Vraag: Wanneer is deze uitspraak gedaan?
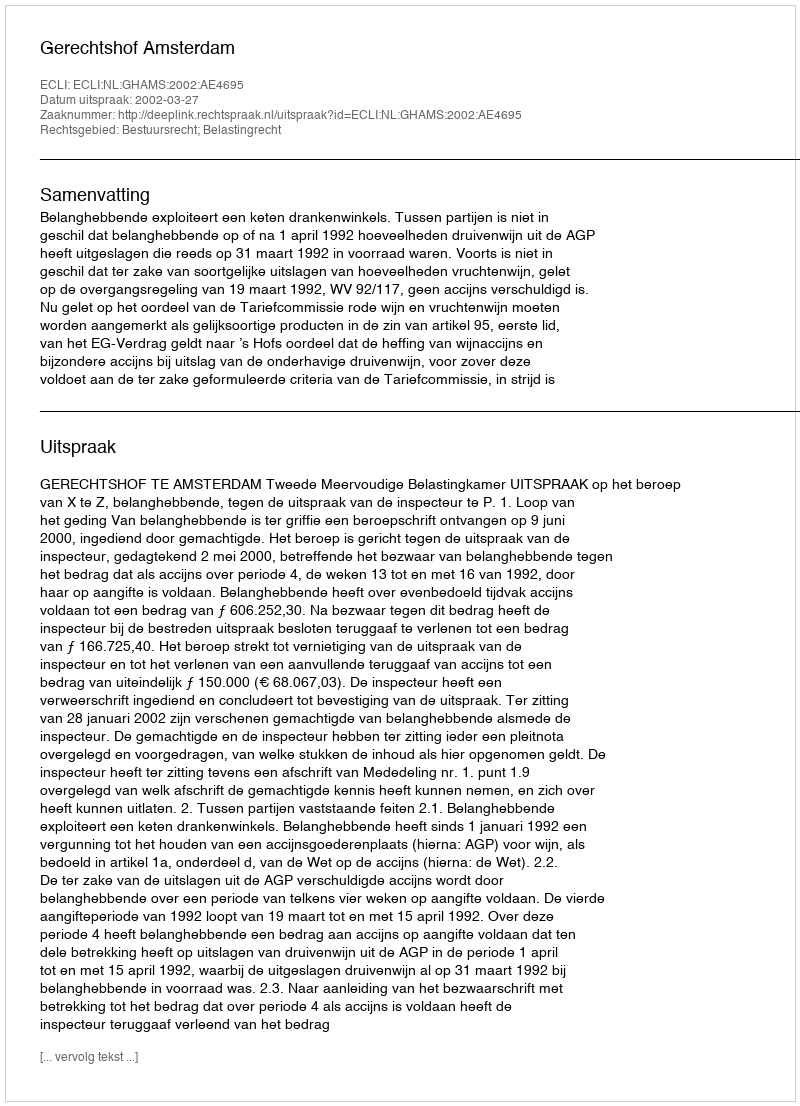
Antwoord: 2002-03-27